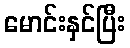
မောင်းနှင်ပြီး